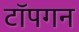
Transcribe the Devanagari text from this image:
टॉपगन